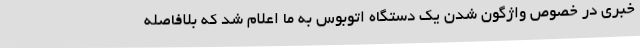
خبری در خصوص واژگون شدن یک دستگاه اتوبوس به ما اعلام شد که بلافاصله